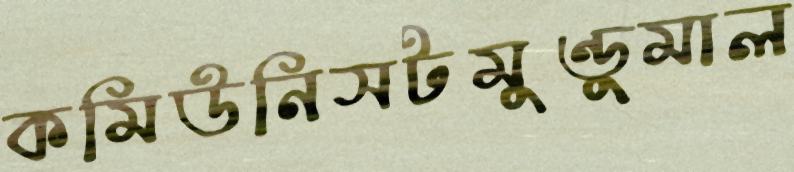
কমিউনিসটমুণ্ডুমাল